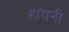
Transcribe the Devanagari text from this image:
हायनी